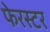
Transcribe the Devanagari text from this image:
फेरस्टर